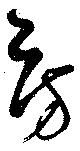
房